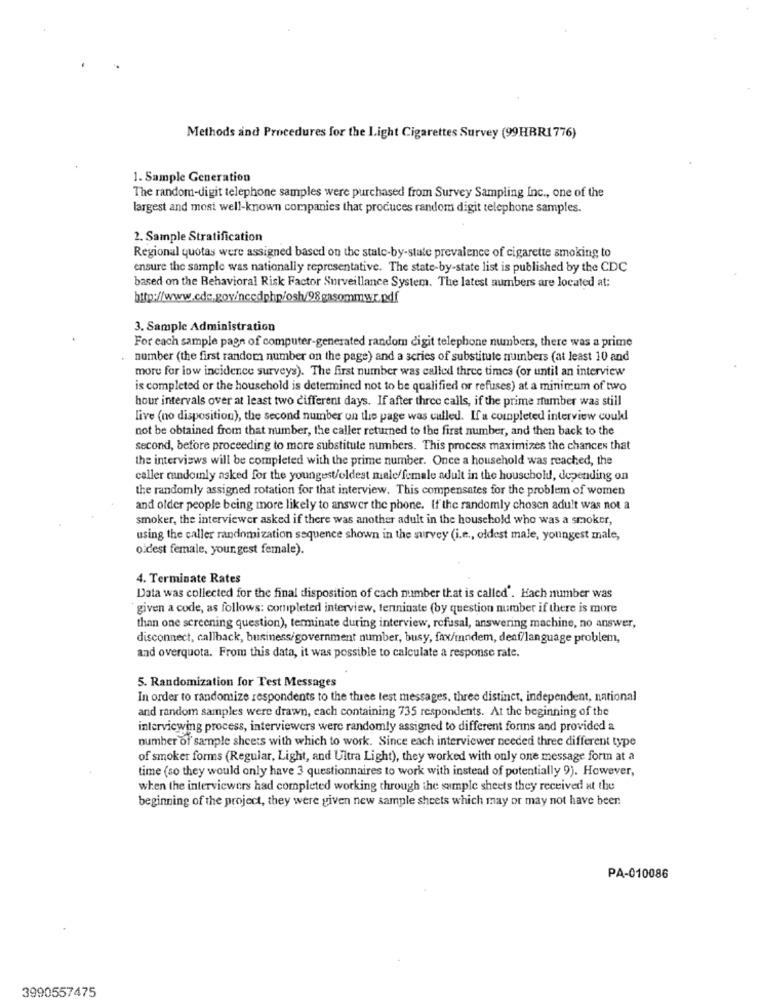
Methods and Procedures for the Light Cigarettes Survey (99HRRI776)
1. Sample Generation
The random-digit telephone samples were purchased from Survey Sampling Inc ., one of the
largest and most well-known companies that produces random digit telephone samples.
2. Sample Stratification
Regional quotas were assigned based on the state-by-state prevalence of cigarette smoking to
ensure the sample was nationally representative. The state-by-state list is published by the CDC
based on the Behavioral Risk Factor Surveillance System. The latest numbers are located at:
http://www.cde.gov/ncedphp/osh/98gasommwc.pdf
3. Sample Administration
For each sample page of computer-generated random digit telephone numbers, there was a prime
number (the first random number on the page) and a series of substitute numbers (at least 10 and
more for low incidence surveys). The first number was called three times (or until an interview
is completed or the household is determined not to be qualified or refuses) at a minimum of two
hour intervals over at least two different days. If after three calls, if the prime rumber was still
live (no disposition), the second number on the page was called. If a completed interview could
not be obtained from that number, the caller returned to the first number, and then back to the
second, before proceeding to more substitute numbers. This process maximizes the chances that
the interviews will be completed with the prime number. Once a household was reached, the
caller randomly asked for the youngest/oldest mele/female adult in the household, depending on
the randomly assigned rotation for that interview. This compensates for the problem of women
and older people being more likely to answer the phone. If the randomly chosen adult was not a
smoker, the interviewer asked if there was another adult in the household who was a smoker,
using the caller randomization sequence shown in the survey (i.e ., oldest male, youngest male,
o c'est female, youngest female).
4. Terminate Rates
Data was collected for the final disposition of cach number that is called'. Hach number was
given a code, as follows: completed interview, tenninste (by question number if there is more
than one screening question), terminate during interview, refusal, answering machine, no answer,
disconnect, callback, business/government number, busy, fax/modem, denf/language problem,
and overquota. From this data, it was possible to calculate a response rate.
5. Randomization for Test Messages
In order to randomize respondents to the three test messages, three distinct, independent, national
and random samples were drawn, each containing 735 respondents. At the beginning of the
interviewing process, interviewers were randomly assigned to different forms and provided a
number of sample sheets with which to work. Since each interviewer needed three different type
of smoker forms (Regular, Light, and Ultra Light), they worked with only one message form at a
time (so they would only have 3 questionnaires to work with instead of potentially 9). However,
when the interviewers had completed working through the sample sheets they received at the
beginning of the project, they were given new sample sheets which may or may not have beer.
PA-010086
3990557475